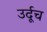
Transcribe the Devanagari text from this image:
उर्दूच